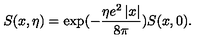
S ( x , \eta ) = \exp ( - \frac { \eta e ^ { 2 } \left| x \right| } { 8 \pi } ) S ( x , 0 ) .